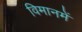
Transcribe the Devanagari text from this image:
विमानमें